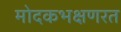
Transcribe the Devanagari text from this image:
मोदकभक्षणरत